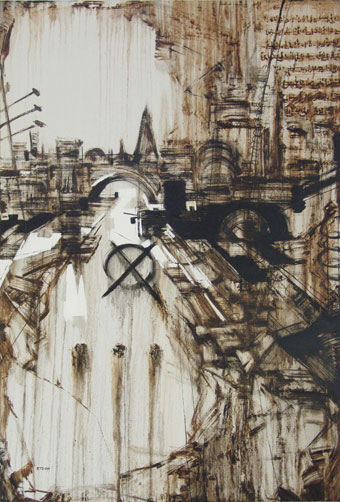
上苑风烟好，中桥道路平。